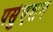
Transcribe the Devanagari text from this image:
पर्सुएशन